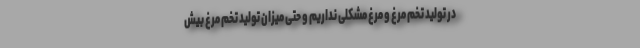
در تولید تخم مرغ و مرغ مشکلی نداریم و حتی میزان تولید تخم مرغ بیش